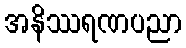
အနိဿရဏပညာ